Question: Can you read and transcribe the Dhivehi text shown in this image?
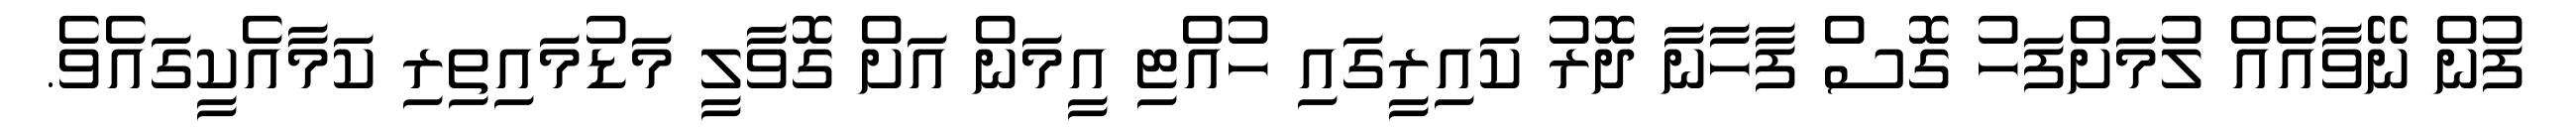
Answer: ފުން ނޭވާއެއް ލުމަށްފަހު ގޮސް ފާހާނާ ދޮރު ކައިރީގައި ހުއްޓި އީމަން އަށް ގޮވާލީ މަޑުމައިތިރި ކަމާއެކީގައެވެ.